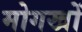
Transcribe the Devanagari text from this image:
मोगखों